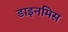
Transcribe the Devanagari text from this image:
डाइनमिस